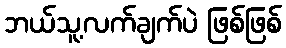
ဘယ်သူ့လက်ချက်ပဲ ဖြစ်ဖြစ်